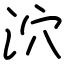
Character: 泬